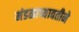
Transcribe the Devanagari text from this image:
मंडळाच्यावतीने